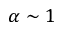
\alpha \sim 1